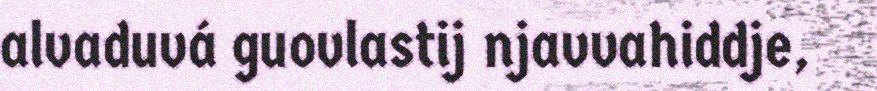
alvaduvá guovlastij njavvahiddje,